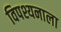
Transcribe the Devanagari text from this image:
विपश्यनाला